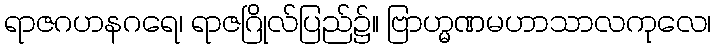
ရာဇဂဟနဂရေ၊ ရာဇဂြိုလ်ပြည်၌။ ဗြာဟ္မဏမဟာသာလကုလေ၊